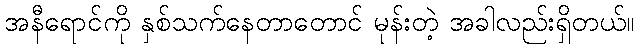
အနီရောင်ကို နှစ်သက်နေတာတောင် မုန်းတဲ့ အခါလည်းရှိတယ်။